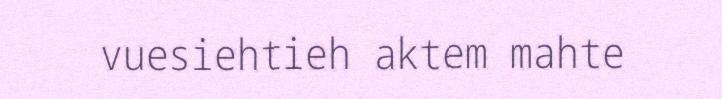
vuesiehtieh aktem mahte